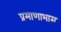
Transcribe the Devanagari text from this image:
प्रमाणाभास